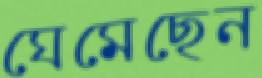
ঘেমেছেন